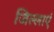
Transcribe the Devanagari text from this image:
जिल्लाएं